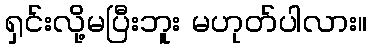
ရှင်းလို့မပြီးဘူး မဟုတ်ပါလား။